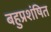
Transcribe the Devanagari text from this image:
बहुप्रशंषित